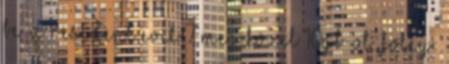
be. A Resident Evil 7 meg közel 10GB-ot. FoLey: